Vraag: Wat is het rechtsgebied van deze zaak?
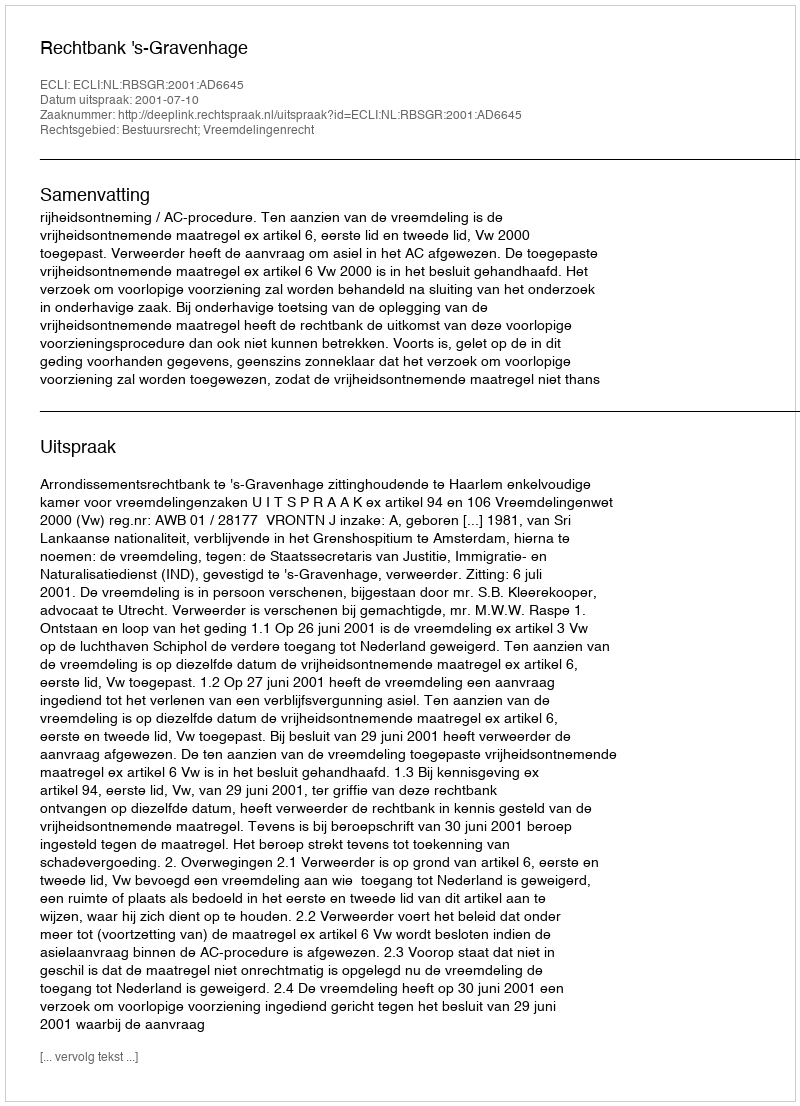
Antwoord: Bestuursrecht; Vreemdelingenrecht